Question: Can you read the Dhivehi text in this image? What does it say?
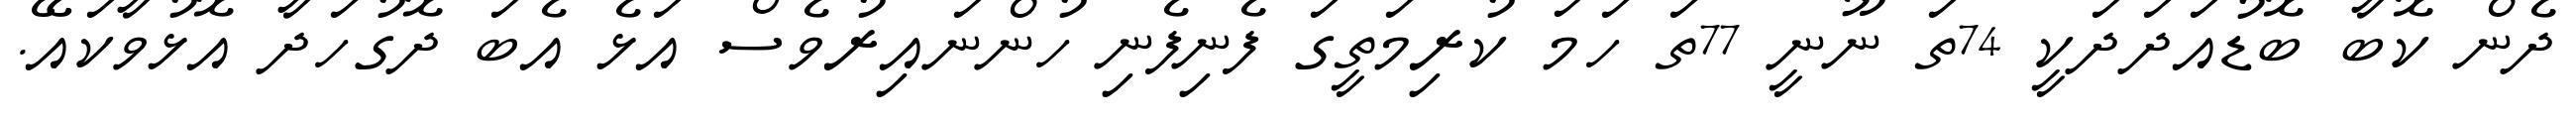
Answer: ދެން ކޮބާ ބޮޑުއަދަދަކީ 74ތަ ނޫނީ 77ތަ ހަމަ ކުރިމަތީގަ ފެނިފެނި ހުންނައިރުވެސް އަޅެ އެބަ ދޮގުހަދާ އޮޅުވާކައޭ.